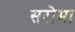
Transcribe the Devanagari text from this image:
सरोमा